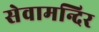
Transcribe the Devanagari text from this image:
सेवामन्दिर